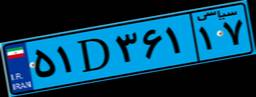
۸۶D۵۱۹۷۹